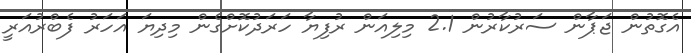
އެގޮތުން ޖަޕާން ސަރުކާރުން 2.1 މިލިއަން ރުފިޔާ ހަރަދުކޮށްގެން މިދިޔަ އަހަރު ފެބްރުއަރީ